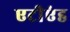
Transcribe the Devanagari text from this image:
एटीएंड